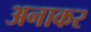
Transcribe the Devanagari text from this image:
अनाकर